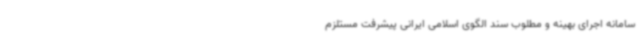
سامانه اجرای بهینه و مطلوب سند الگوی اسلامی ایرانی پیشرفت مستلزم